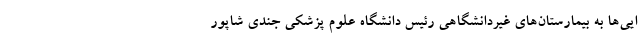
ایی‌ها به بیمارستان‌های غیردانشگاهی رئیس دانشگاه علوم پزشکی جندی شاپور